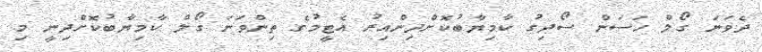
ދެވަނަ ގޯލް ހަސަން ސޯދިގު ކާމިޔާބުކޮށްދިންއިރު އެޓީމުގެ ތިންވަނަ ގޯލް ކާމިޔާބުކޮށްދިނީ މި